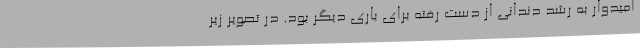
امیدوار به رشد دندانی از دست رفته برای باری دیگر بود. در تصویر زیر